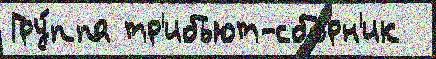
Гру́ппа тр'ибьют-сбо́рн'ик